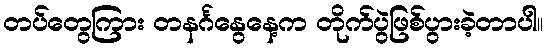
တပ်တွေကြား တနင်္ဂနွေနေ့က တိုက်ပွဲဖြစ်ပွားခဲ့တာပါ။